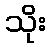
သိုး